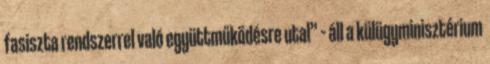
fasiszta rendszerrel való együttműködésre utal” – áll a külügyminisztérium